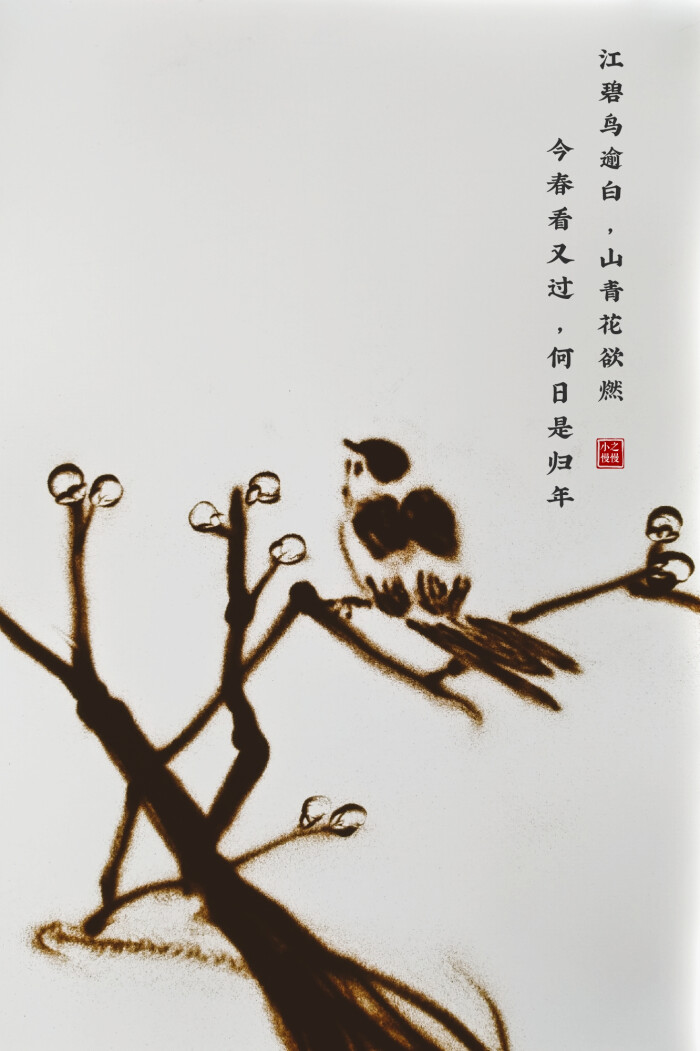
今春看又过，何日是归年。